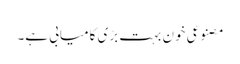
مصنوعی خون بہت بڑی کامیابی ہے۔